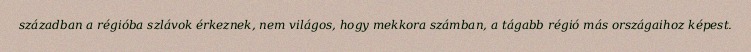
században a régióba szlávok érkeznek, nem világos, hogy mekkora számban, a tágabb régió más országaihoz képest.